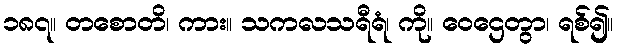
၁၈၇။ တစောတိ၊ ကား။ သကလသရီရံ၊ ကို။ ဝေဌေတွာ၊ ရစ်၍။